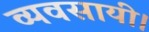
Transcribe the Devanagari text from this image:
व्यवसायी।